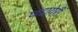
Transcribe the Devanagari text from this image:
घडायेरी